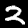
Label: 2